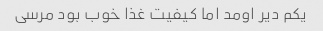
یکم دیر اومد اما کیفیت غذا خوب بود مرسی